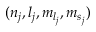
( { n } _ { j } , { l } _ { j } , { m } _ { { l } _ { j } } , { m } _ { { s } _ { j } } )